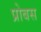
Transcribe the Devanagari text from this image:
प्रोबस